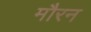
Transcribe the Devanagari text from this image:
मौरन